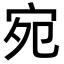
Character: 宛